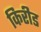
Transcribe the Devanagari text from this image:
किरीड